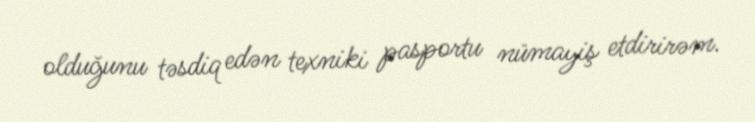
olduğunu təsdiq edən texniki pasportu nümayiş etdirirəm.